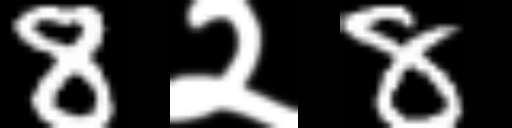
Text: 8२8